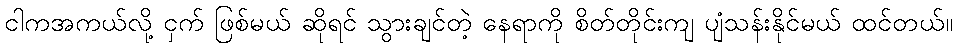
ငါကအကယ်လို့ ငှက် ဖြစ်မယ် ဆိုရင် သွားချင်တဲ့ နေရာကို စိတ်တိုင်းကျ ပျံသန်းနိုင်မယ် ထင်တယ်။